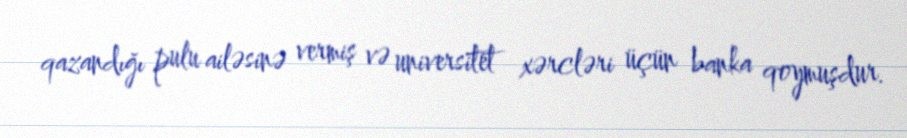
qazandığı pulu ailəsinə vermiş və universitet xərcləri üçün banka qoymuşdur.